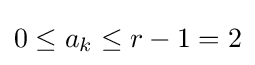
0\leq a_{k}\leq r-1=2